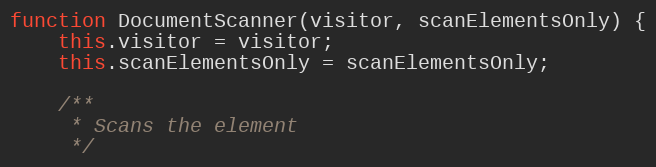
Language: JavaScript
function DocumentScanner(visitor, scanElementsOnly) {
	this.visitor = visitor;
	this.scanElementsOnly = scanElementsOnly;

	/**
	 * Scans the element
	 */